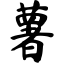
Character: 薯